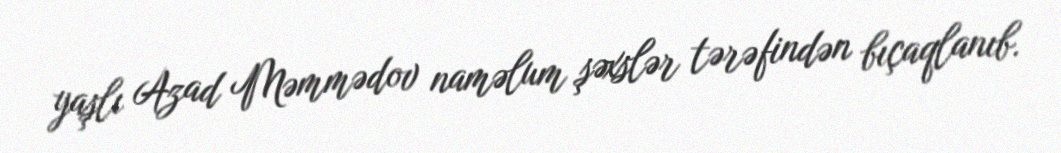
yaşlı Azad Məmmədov naməlum şəxslər tərəfindən bıçaqlanıb.